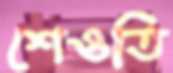
শেওতি